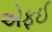
એફઈ